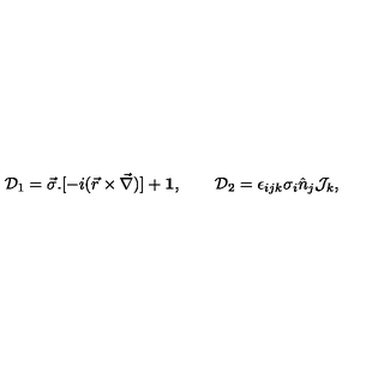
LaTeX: { \cal D } _ { 1 } = \vec { \sigma } . [ - i ( \vec { r } \times \vec { \nabla } ) ] + { \bf 1 } , \qquad { \cal D } _ { 2 } = \epsilon _ { i j k } \sigma _ { i } \hat { n } _ { j } { \cal J } _ { k } ,